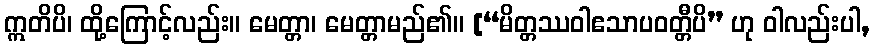
ဣတိပိ၊ ထို့ကြောင့်လည်း။ မေတ္တာ၊ မေတ္တာမည်၏။ [“မိတ္တဿဝါဧသာပဝတ္တီပိ” ဟု ဝါလည်းပါ,